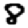
Digit: 8